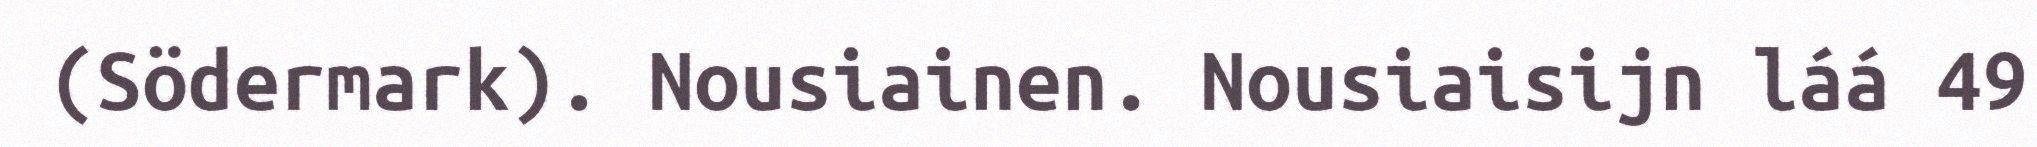
(Södermark). Nousiainen. Nousiaisijn láá 49